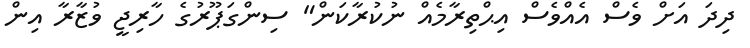
ދިދަ އަށް ވެސް އެއްވެސް އިޙްތިރާމެއް ނުކުރާކަން" ސިންގަޕޫރުގެ ހާރިޖީ ވުޒާރާ އިން